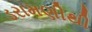
ડરામણીથી